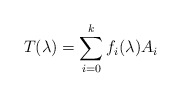
\begin{align*}T(\lambda)=\sum_{i=0}^{k}f_{i}(\lambda)A_{i}\end{align*}